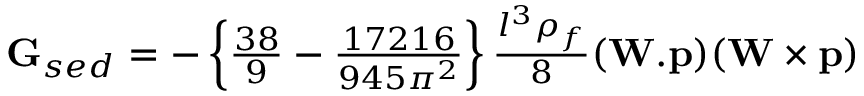
\begin{array} { r } { \mathbf { G } _ { s e d } = - \left\{ \frac { 3 8 } { 9 } - \frac { 1 7 2 1 6 } { 9 4 5 \pi ^ { 2 } } \right\} \frac { l ^ { 3 } \rho _ { f } } { 8 } ( \mathbf { W . p } ) ( \mathbf { W } \times \mathbf { p } ) } \end{array}